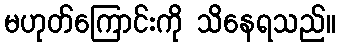
မဟုတ်ကြောင်းကို သိနေရသည်။